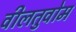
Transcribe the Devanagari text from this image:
वीलतुवोम